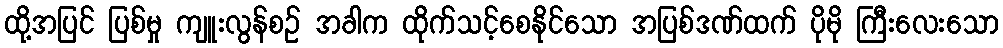
ထို့အပြင် ပြစ်မှု ကျူးလွန်စဉ် အခါက ထိုက်သင့်စေနိုင်သော အပြစ်ဒဏ်ထက် ပိုမို ကြီးလေးသော